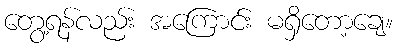
တွေ့ရန်လည်း အကြောင်း မရှိတော့ချေ။